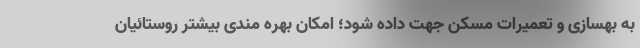
به بهسازی و تعمیرات مسکن جهت داده شود؛ امکان بهره مندی بیشتر روستائیان